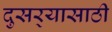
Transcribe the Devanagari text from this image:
दुसर्‍यासाठी